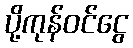
ပို့ကုန်ဝင်ငွေ